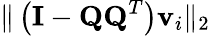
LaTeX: \| \left(\mathbf{I}-\mathbf{QQ}^{T}\right)\mathbf{v}_{i}\| _{2}